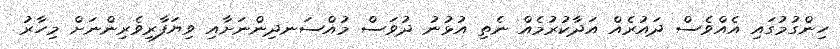
ހިންގުމުގައި އެއްވެސް ދައުރެއް އަދާކުރުމެއް ނެތި އުޅުނު ދުވަސް މުއްސަނދިންނަށާއި ވިޔަފާރިވެރިންނަށް މިހާރު